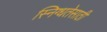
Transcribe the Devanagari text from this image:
स्निग्धतेसाठी